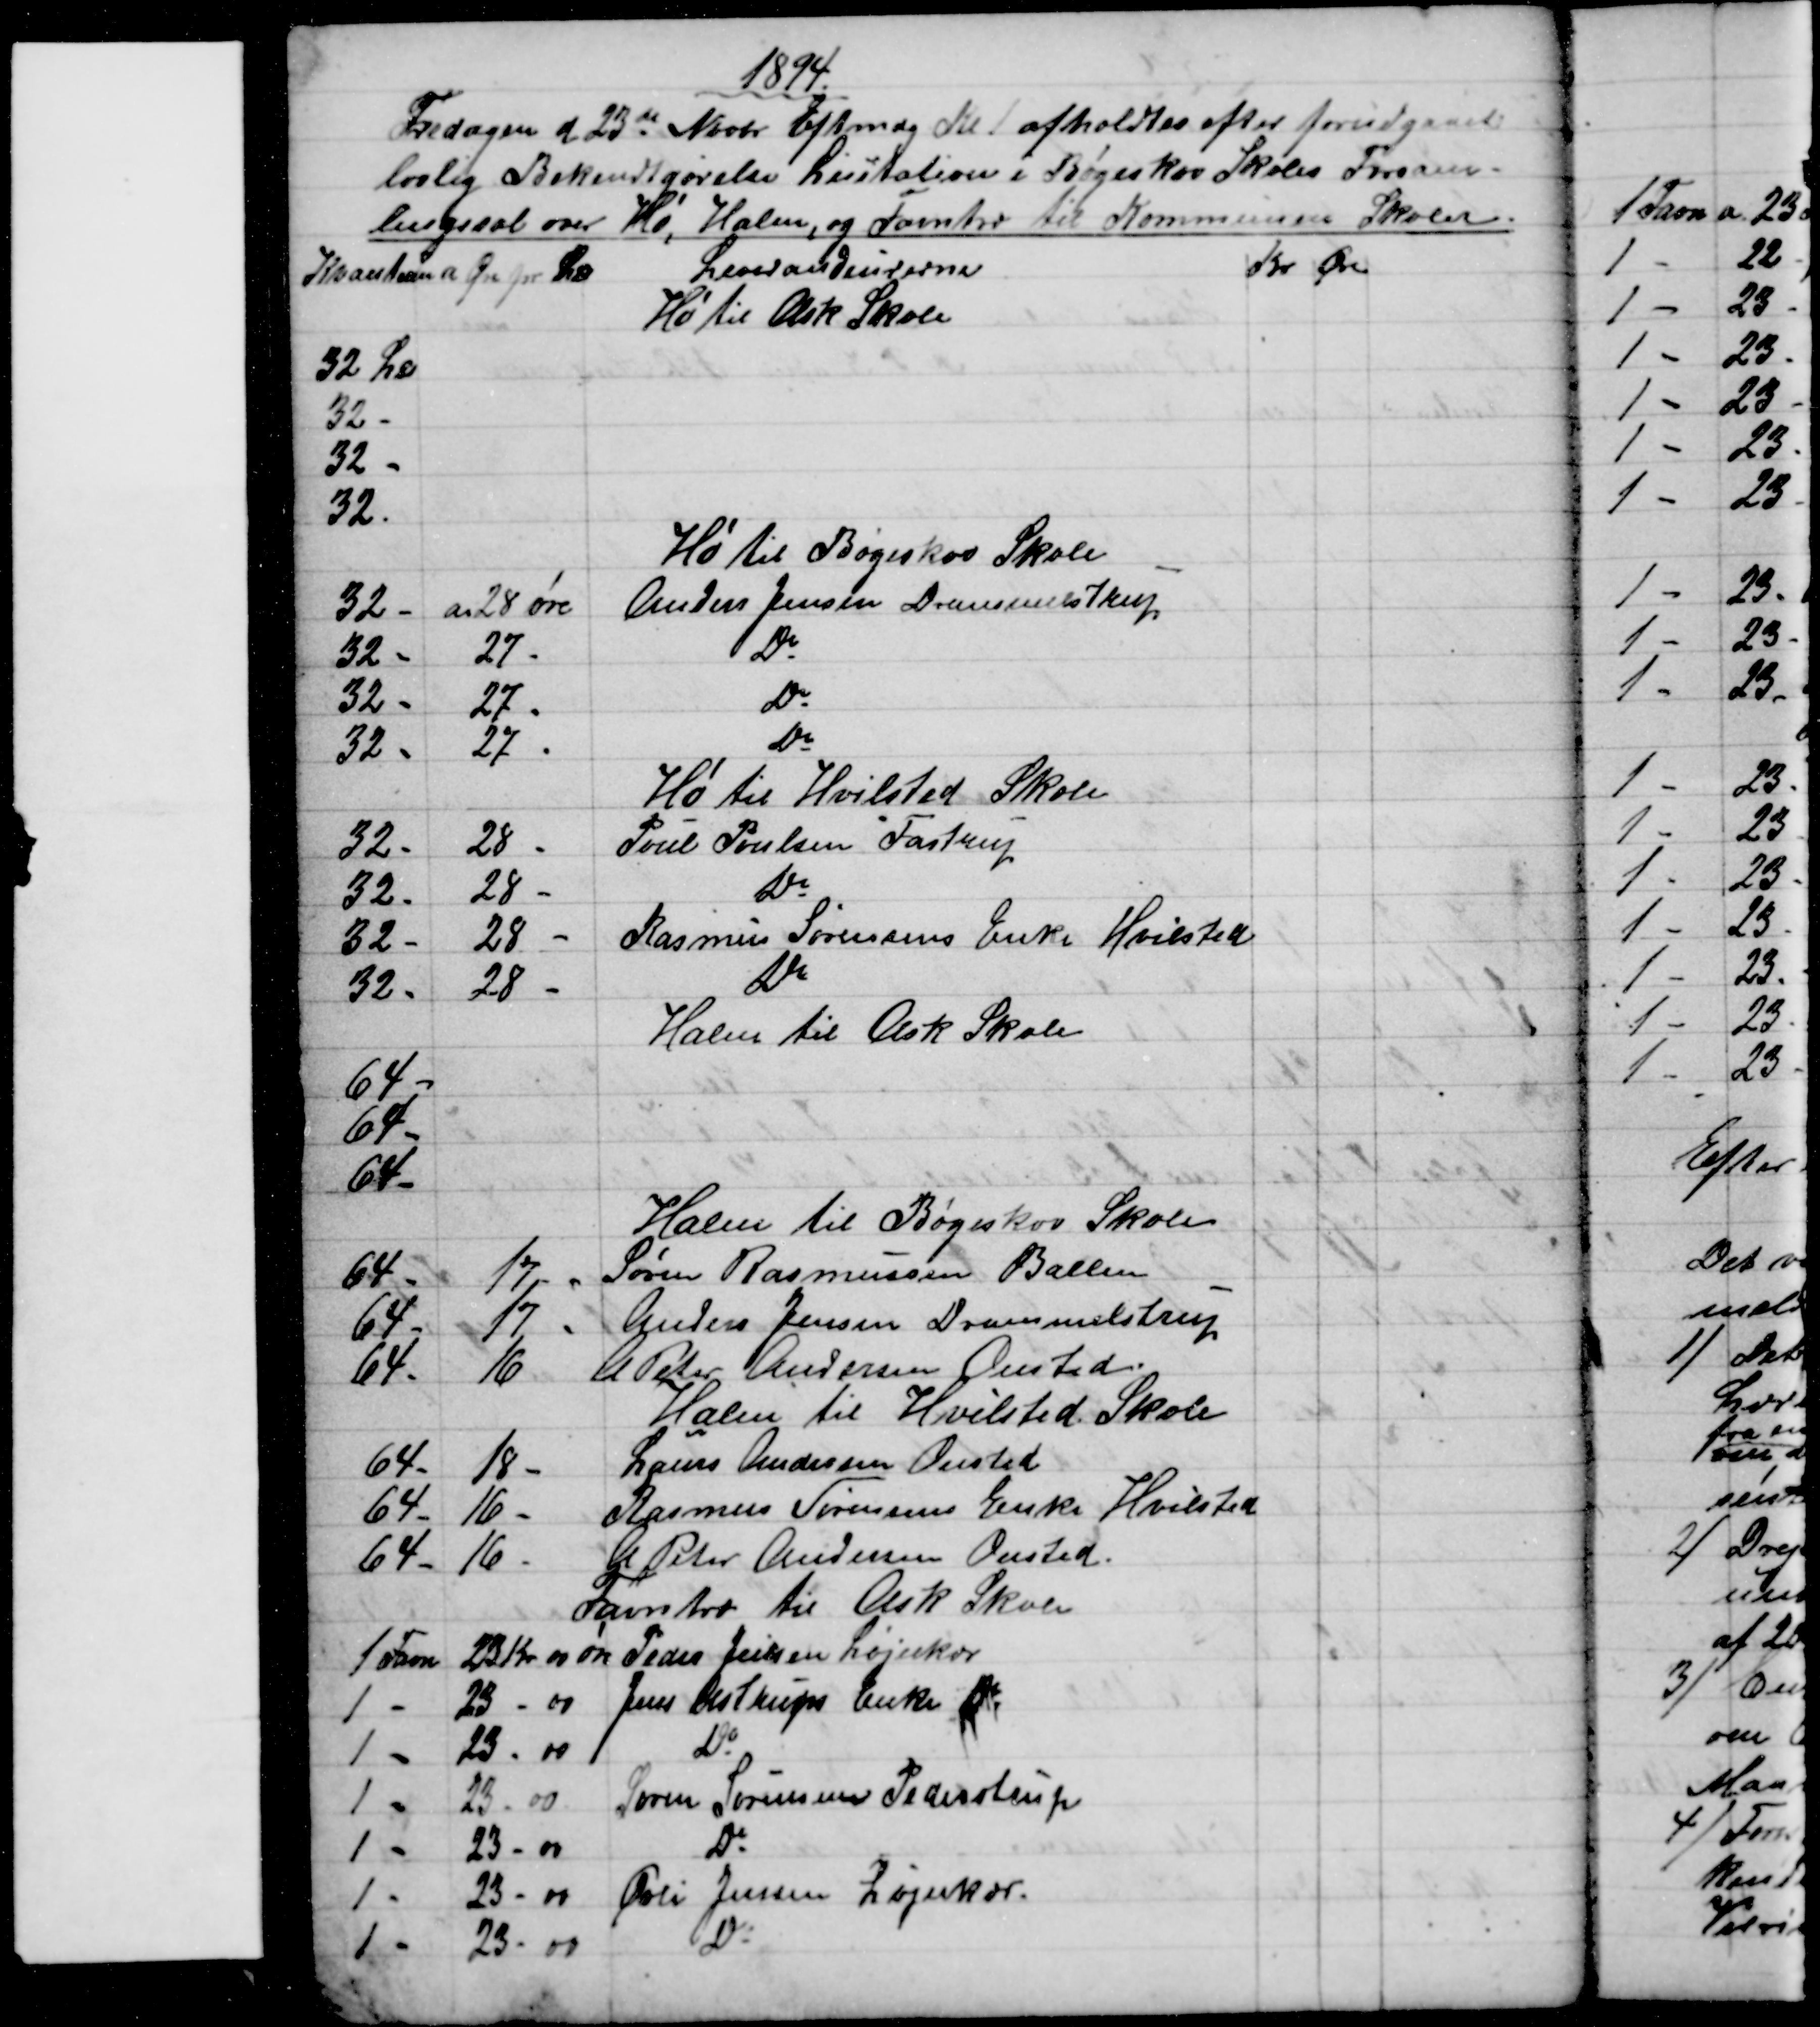
Transskription:
1894.
Fredagen d. 23de Novbr Eftmdg Kl 1 afholdtes efter forudgaaet
lovlig Bekendtgørelse Licitation i Bøgeskov Skoles Forsam-
lingssal over Hø, Halm, og Favntræ til Kommunens Skoler.
Kvantum a Øre pr. L℔
Leverandeurerne
Kr 
Øre
Hø til Ask Skole
32 L℔
32 -
32 -
32.
Hø til Bøgeskov Skole
32 -
a 28 øre
Anders Jensen Drammelstrup
32 -
27 -
Do
32 -
27 -
Do
32 -
27 -
Do
Hø til Hvilsted Skole
32 -
28 -
Poul Poulsen Fastrup
32 -
28 -
Do
32 -
28 -
Rasmus Sørensens Enke Hvilsted
32 -
28 -
Do
Halm til Ask Skole
64 -
64 -
64 -
Halm til Bøgeskov Skole
64 -
17 -
Søren Rasmussen Ballen
64 -
17 -
Anders Jensen Drammelstrup
64 -
16
A Peter Andersen Onsted
Halm til Hvilsted Skole
64 -
18 -
Laurs Andersen Onsted
64 -
16 -
Rasmus Sørensens Enke Hvilsted
64 -
16 -
A Peter Andersen Onsted.
Favntræ til Ask Skole
1 Favn
23 Kr 00 øre 
Peder Jensen Løjnkær
1 -
23 - 00 
Jens Astrups Enke Do
1 -
23 - 00
Do
1 -
23 - 00
Søren Sørensen Pederstrup
1 -
23 - 00
Do
1 -
23 - 00
Øvli Jensen Løjnkær.
1 -
23 - 00
Do